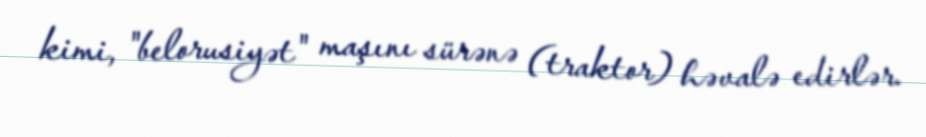
kimi, "belorusiyət" maşını sürənə (traktor) həvalə edirlər.